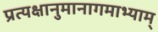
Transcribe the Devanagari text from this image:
प्रत्यक्षानुमानागमाभ्याम्